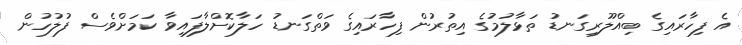
އެ ފިހާރައިގެ ބިއްލޫރިގަނޑު ތަޅާލުމުގެ އިތުރުން ފިހާރައިގެ ވަތްގަނޑު ހަލާކޮށްލާފައިވާ ކަމަށްވެސް ފުލުހުން